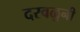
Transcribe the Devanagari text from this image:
दरवळुनी